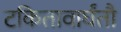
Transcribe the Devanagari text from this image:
टकितावार्घंतौ